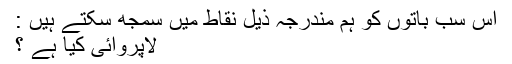
اِس سب باتوں کو ہم مندرجہ ذیل نقاط میں سمجھ سکتے ہیں :
لاپروائی کیا ہے ؟